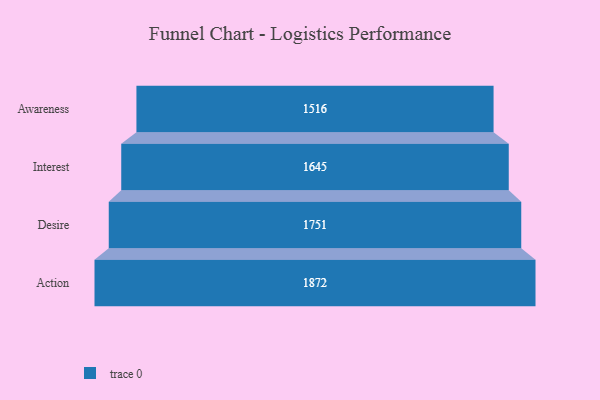
{"axis": {"x": "Stage", "y": "Value"}, "legend": [""], "data": [{"x": "Awareness", "y": 1516.0, "type": ""}, {"x": "Interest", "y": 1645.0, "type": ""}, {"x": "Desire", "y": 1751.0, "type": ""}, {"x": "Action", "y": 1872.0, "type": ""}]}